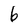
Character: 6